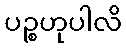
ပဉ္စဟုပါလိ